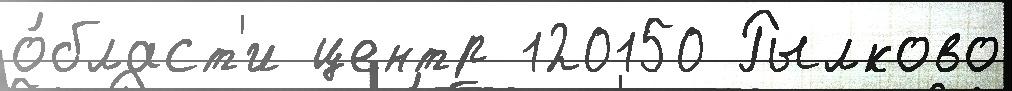
о́бласт'и центр 120150 Рылково